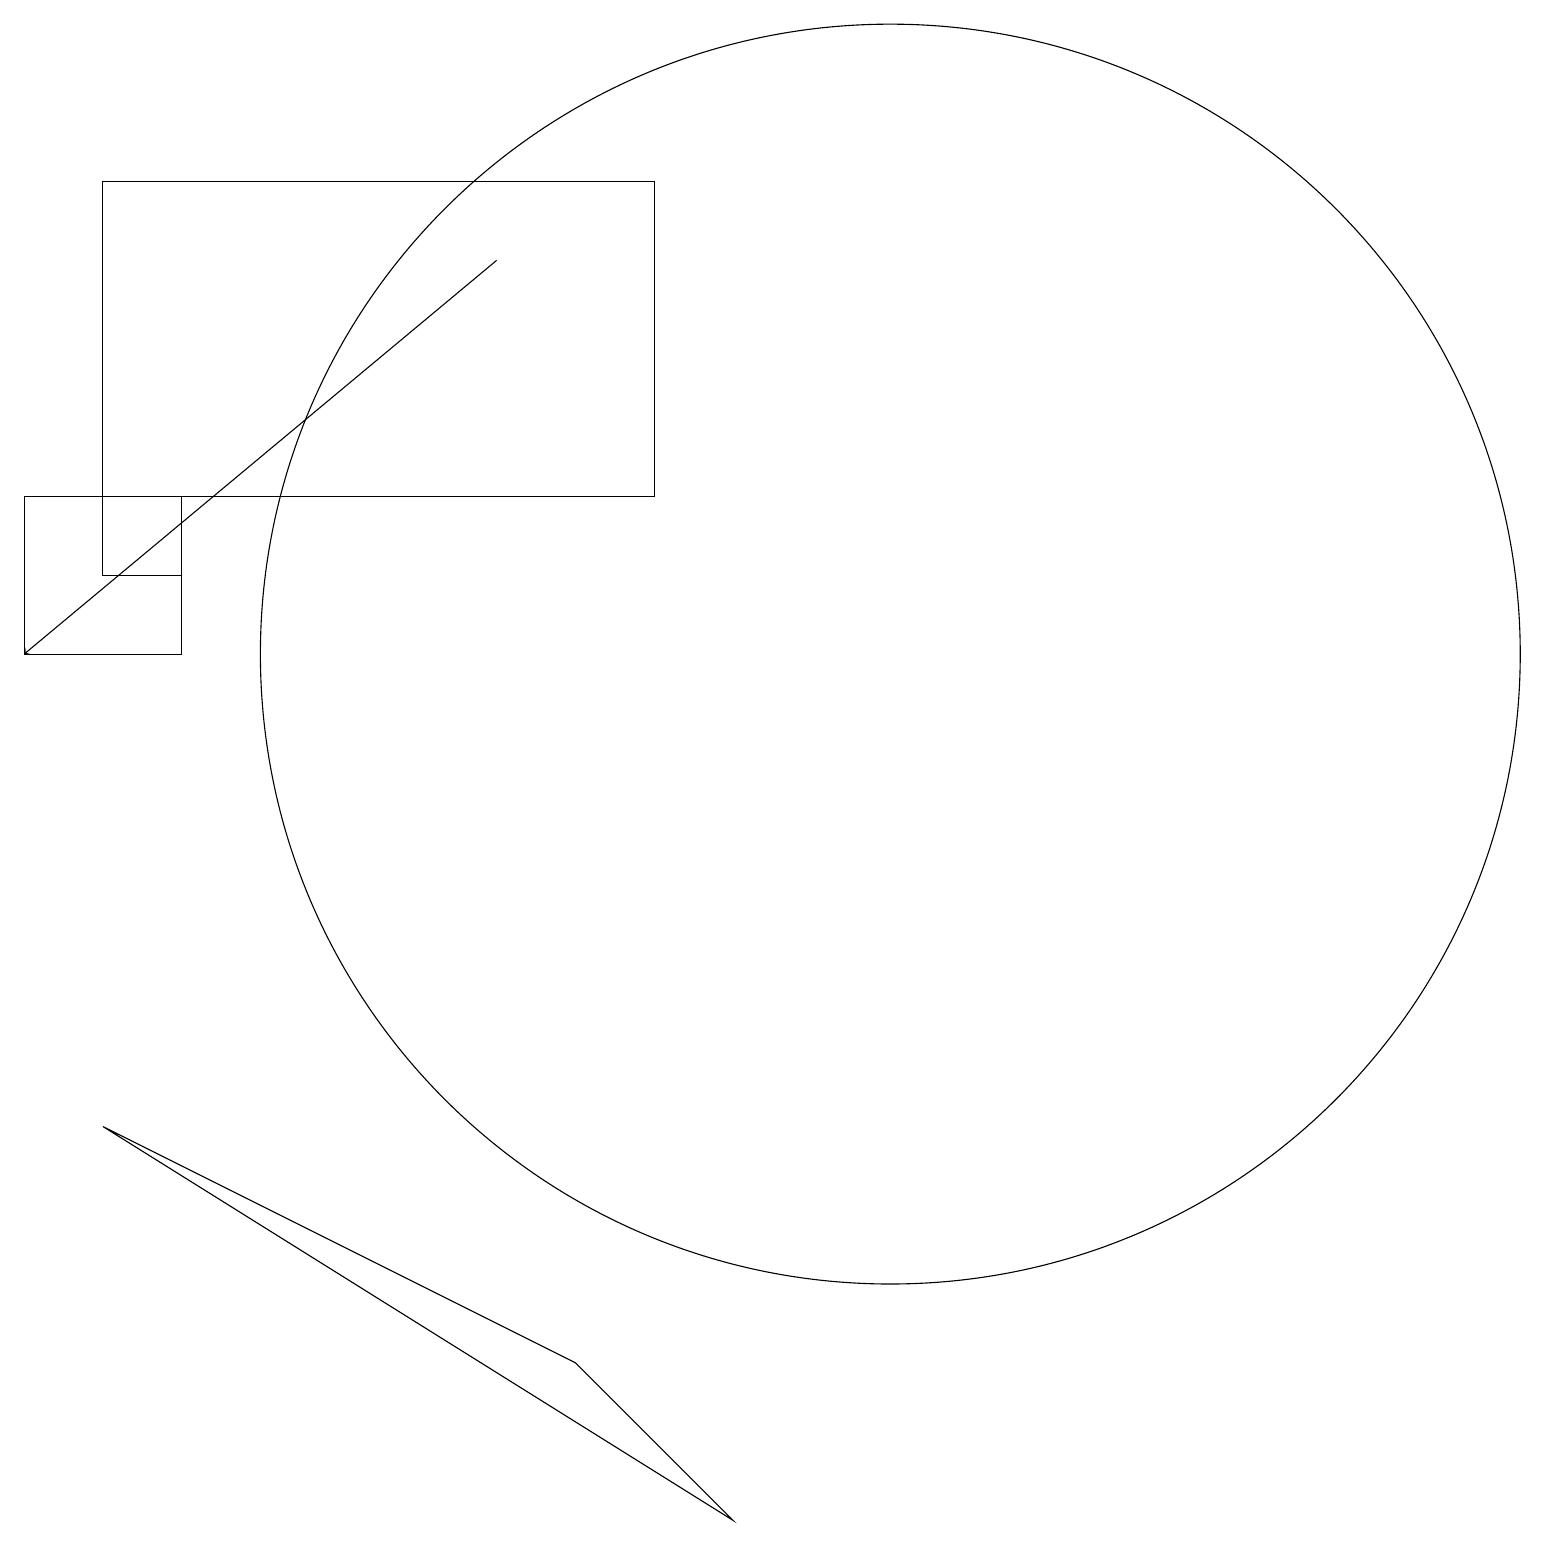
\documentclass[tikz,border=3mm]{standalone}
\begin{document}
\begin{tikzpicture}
\draw (9,1) -- (1,6) -- (7,3) -- cycle;
\draw (1,18) rectangle (8,14);
\draw (2,12) rectangle (0,14);
\draw (11,12) circle (8);
\draw (2,14) rectangle (1,13);
\draw[->] (6,17) -- (0,12);
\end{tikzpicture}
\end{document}